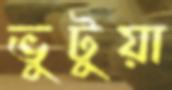
ভুটুয়া